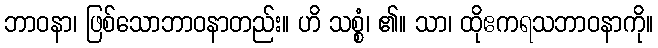
ဘာဝနာ၊ ဖြစ်သောဘာဝနာတည်း။ ဟိ သစ္စံ၊ ၏။ သာ၊ ထိုဧကရသဘာဝနာကို။